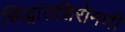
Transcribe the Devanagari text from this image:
सिद्धांतशिरोमणी